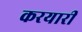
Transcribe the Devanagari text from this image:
करयारी